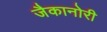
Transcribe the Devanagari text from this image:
जैकानोरी